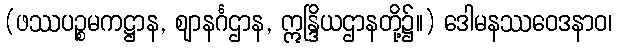
(ဖဿပဉ္စမကဋ္ဌာန, ဈာနင်္ဂဌာန, ဣန္ဒြိယဌာနတို့၌။) ဒေါမနဿဝေဒနာဝ၊